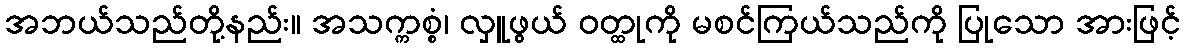
အဘယ်သည်တို့နည်း။ အသက္ကစ္စံ၊ လှူဖွယ် ဝတ္ထုကို မစင်ကြယ်သည်ကို ပြုသော အားဖြင့်